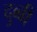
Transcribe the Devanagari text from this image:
दुब्बी